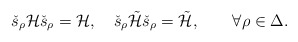
\begin{align*}\check{s}_{\rho}{\cal H}\check{s}_{\rho}={\cal H}, \quad \check{s}_{\rho}\tilde{\cal H}\check{s}_{\rho}=\tilde{\cal H},\qquad \forall \rho\in\Delta. \end{align*}